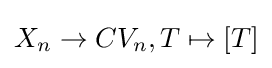
X_{n}\to CV_{n},T\mapsto [T]